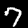
Label: 7